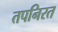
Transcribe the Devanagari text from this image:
तपनिरत